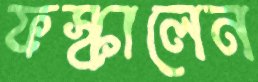
ফস্‌কালেন